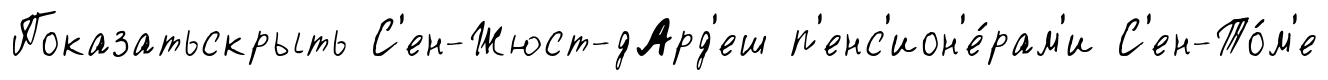
Показатьскрыть С'ен-Жюст-дАрд'еш п'енс'ион'е́рам'и С'ен-То́м'е